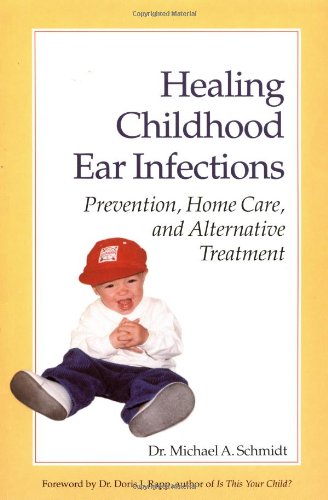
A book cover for Healing Childhood Ear Infections: Prevention, Home Care, and Alternative Treatment; Michael A. Schmidt Ph.D; Health, Fitness & Dieting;